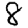
Digit: 8